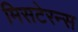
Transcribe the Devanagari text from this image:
मिसटेरन्स